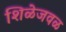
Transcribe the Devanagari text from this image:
शिळेजवळ